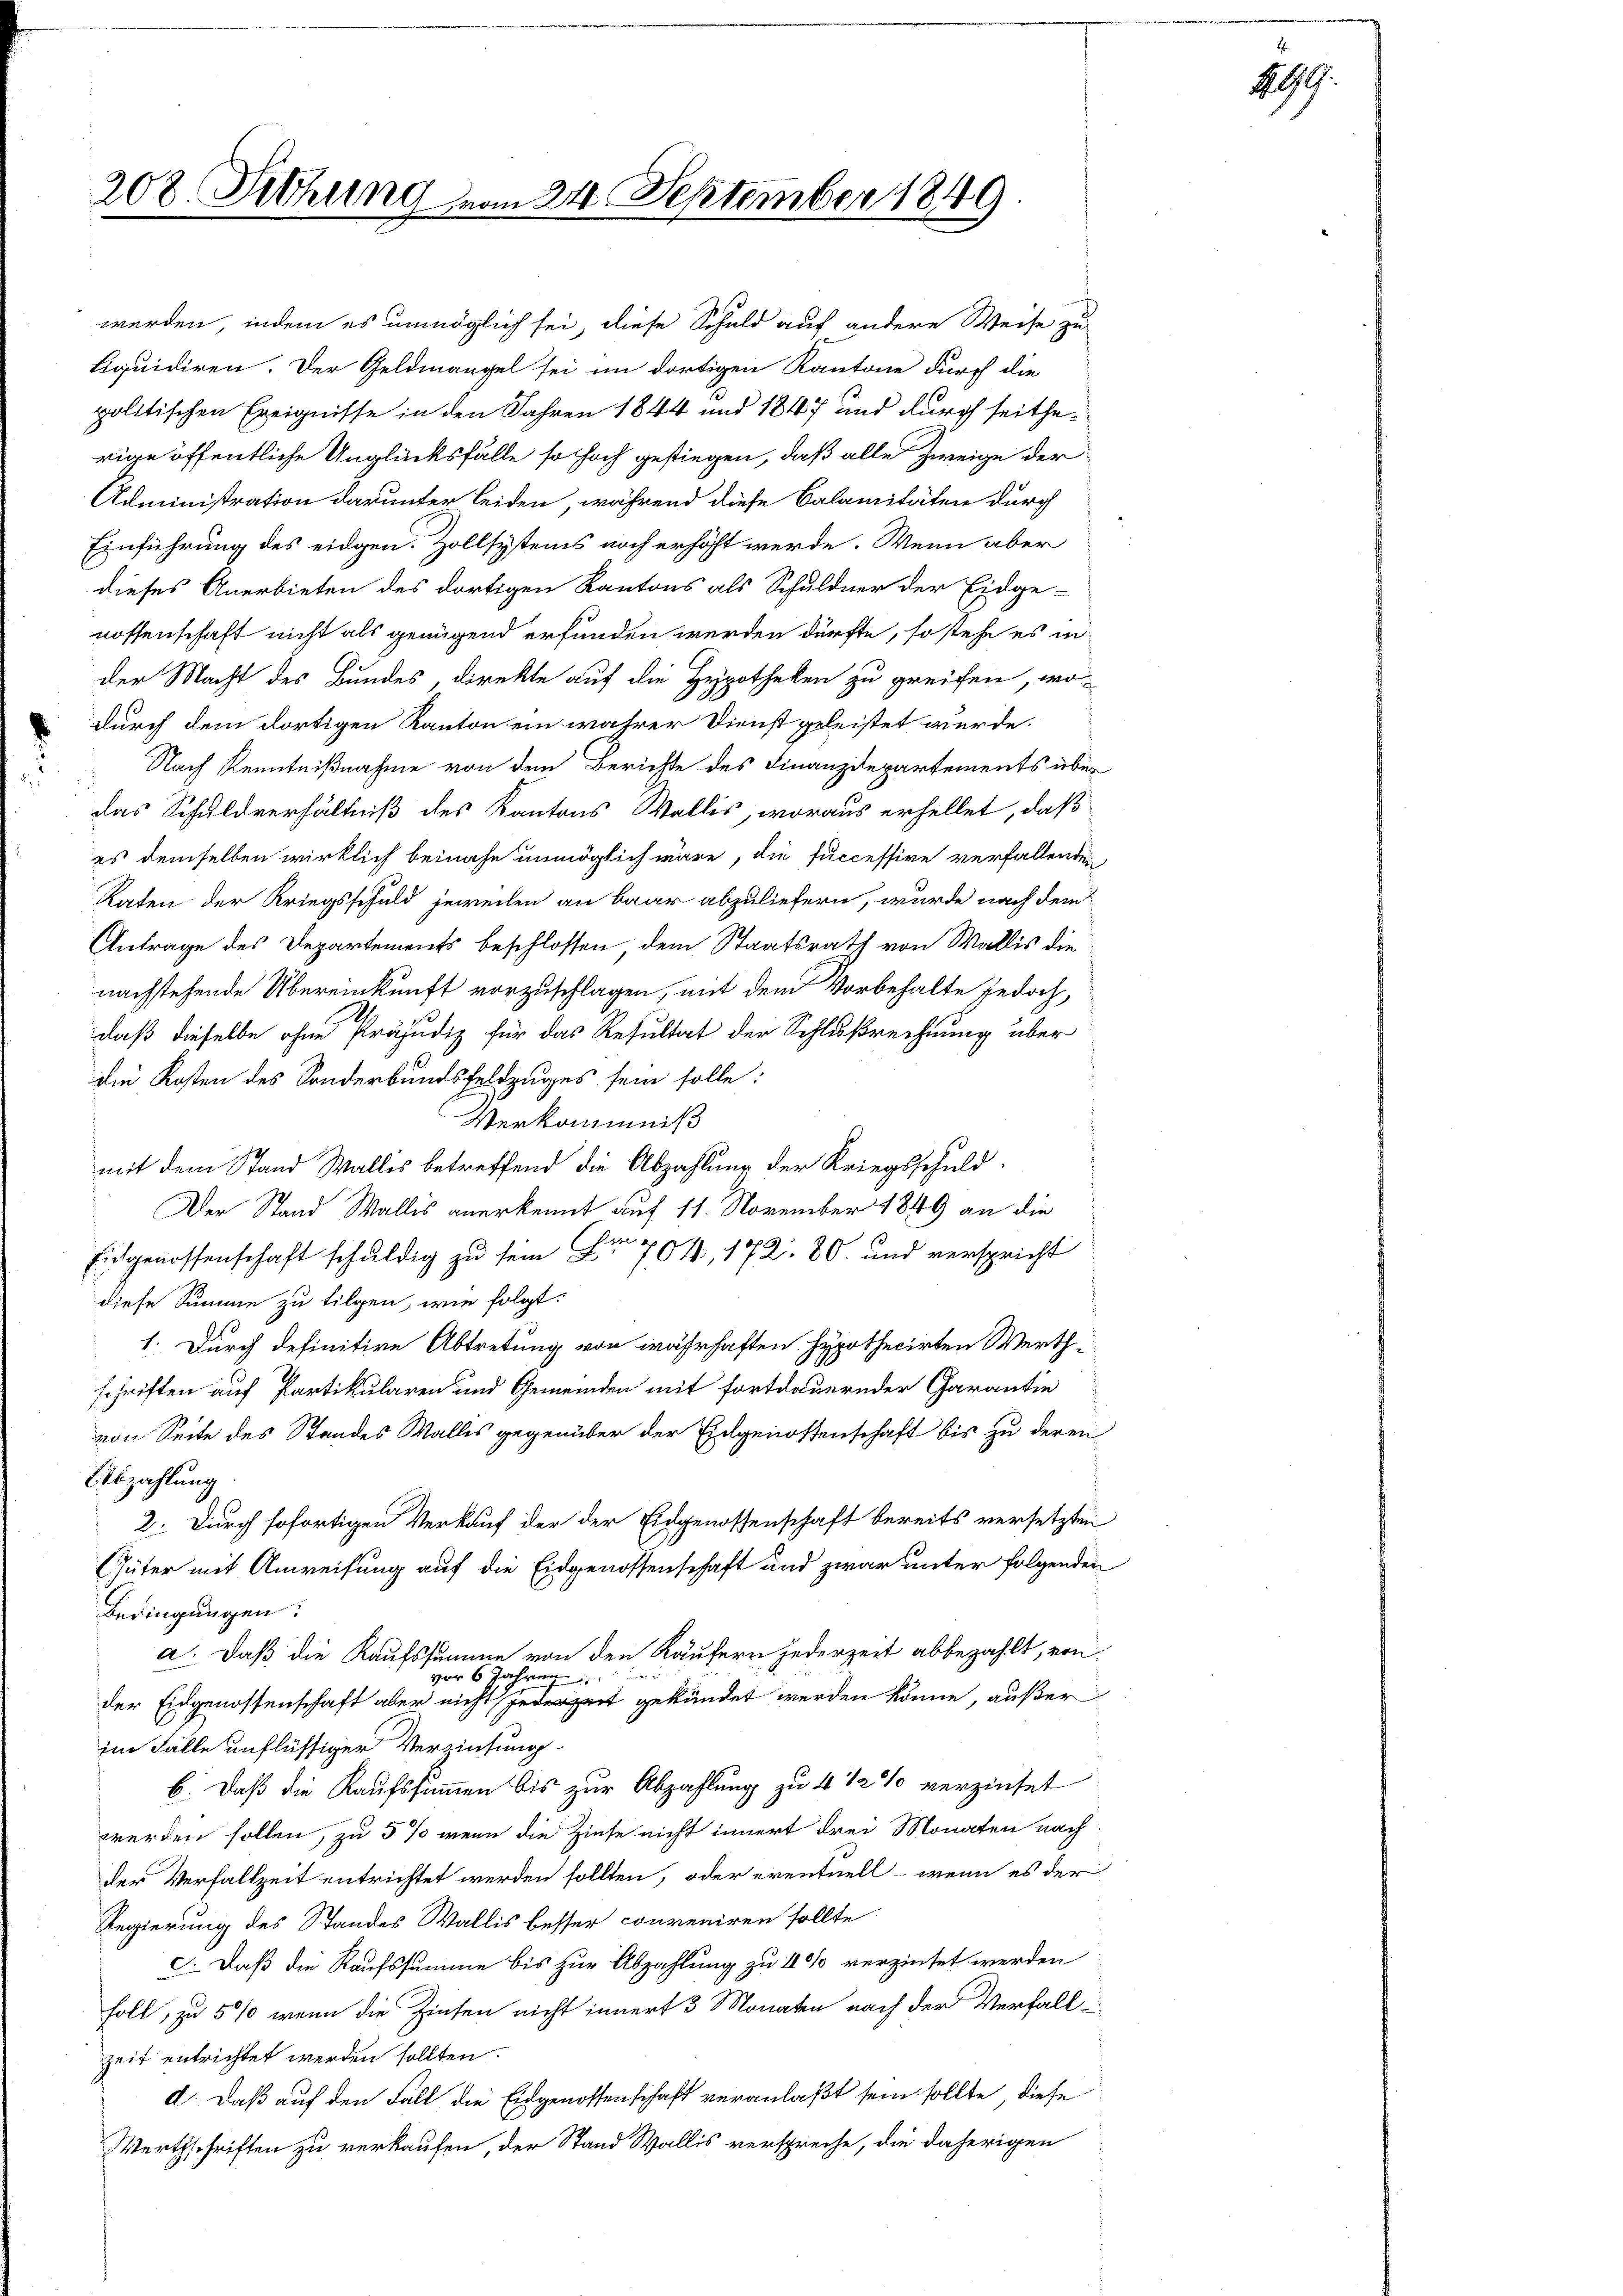
208. Sitzung vom 24. September 1849

durch dem dortigen Kanton ein wahrer Dienst geleistet wurde.
Nach Kenntnißnahme von dem Berichte des Finanzdepartements über
das Schuldverhältniß des Kantons Wallis, woraus erhellet, daß
es demselben wirklich beinahe unmöglich wäre, die successive verfallenden
Raten der Kriegsschuld jeweilen an baar abzuliefern, wurde nach dem
Antrage des Departements beschlossen dem Staatsrath von Wallis die
nachstehende Übereinkunft vorzuschlagen, mit dem Vorbehalte jedoch,
daß dieselbe ohne Präjudiz für das Resultat der Schlußrechnung über
die Kosten des Sonderbundsfeldzuges sein solle:
Verkommniß
mit dem Stand Wallis betreffend die Abzahlung der Kriegsschuld¬
Der Stand Wallis anerkennt auf 11. November 1849 an die
Eichgenossenschaft schuldig zu sein Nr. 704, 172. 80. und verspricht
diese Summe zu tilgen, wie folgt:
1. Durch definitive Abtretung von wahrhaften. Hypothecirten Werth-
schriften auf Partikularen und Gemeinden mit fortdauernder Garantie
von Seite des Standes Walles gegenüber der Eidgenossenschaft bis zu deren
Abzahlung
2. Durch sofortigen Verkauf der der Eidgenossenschaft bereits versetzten
Güter mit Anweisung auf die Eidgenossenschaft und zwar unter folgenden
Bedingungen:
a. Daß die Kaufssumme von den Käufern jederzeit abbezahlt, von
vor 6 Jahren
der Eidgenossenschaft aber nicht jederzeit gekündet werden könne, außer
im Fälle unflüssiger Verziehung
6. Daß die Kaufssummen bis zur Abzahlung zu 4 1/2 % verzinset
werden sollen, zu 5 % wenn die Zinse nicht innert drei Monaten nach
der Verfallzeit entrichtet werden sollten, oder eventuell wenn es der
Regierung des Standes Wallis besser conveniren sollte.
. Daß die Kaufssumme bis zur Abzahlung zu 1 %% verzinset werden
soll, zu 5 % wenn die Zinsen nicht innert 3 Monaten nach der Verfall
zeit entrichtet werden sollten.
d. Daß auf den Fall die Eidgenossenschaft veranlaßt sein sollte, diese
Werthschriften zu verkaufen, der Stand Wallis verspreche, die daherigen

werden, indem es unmöglich sei, diese Schuld auf andere Weise zu
Liquidiren. Der Geldmangel sei im dortigen Kantone durch die
politischen Ereignisse in den Jahren 1844 und 1847 und durch seitherige öffentliche Unglücksfälle so hoch gestiegen, daß alle Zweige der
Administration darunter leiden, während diese Calamitäten durch
Einführung des eidgen. Zollsystems noch erhöht werde. Wenn aber
dieses Anerbieten des dortigen Kantons als Schuldner der Eidge-
nossenschaft nicht als genügend erfunden werden dürfte, so stehe es in
der Macht des Bundes, direkte auf die Hypotheken zu greifen, wo¬

299.